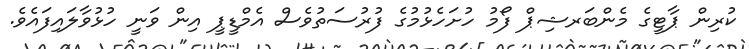
ކުރިން ޕާޓީގެ މެންބަރޝިޕް ފޯމު ހުށަހެޅުމުގެ ފުރުސަތުވެސް އެމްޑީޕީ އިން ވަނީ ހުޅުވާލައިފައެވެ.